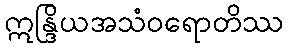
ဣန္ဒြိယအသံဝရောတိဿ